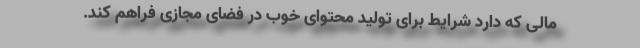
مالی که دارد شرایط برای تولید محتوای خوب در فضای مجازی فراهم کند.